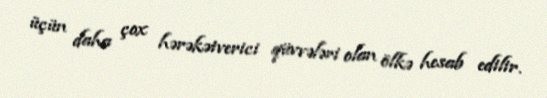
üçün daha çox hərəkətverici qüvvələri olan ölkə hesab edilir.